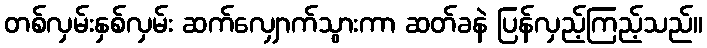
တစ်လှမ်းနှစ်လှမ်း ဆက်လျှောက်သွားကာ ဆတ်ခနဲ ပြန်လှည့်ကြည့်သည်။